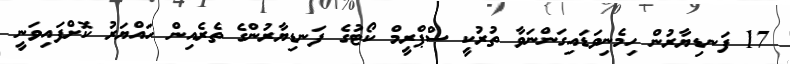
17 ފަނޑިޔާރުން ހިމެނިވަޑައިގަންނަވާ ތުރުކީ ސްޕްރީމް ކޯޓުގެ ފަނޑިޔާރުންގެ ތެރެއިން ހައްޔަރު ކޮށްފައިވަނީ